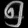
Digit: ၅